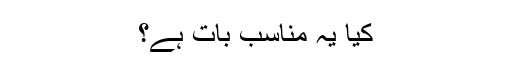
کیا یہ مناسب بات ہے؟